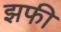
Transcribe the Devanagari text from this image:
झफी